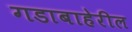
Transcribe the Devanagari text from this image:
गडाबाहेरील